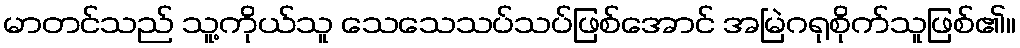
မာတင်သည် သူ့ကိုယ်သူ သေသေသပ်သပ်ဖြစ်အောင် အမြဲဂရုစိုက်သူဖြစ်၏။